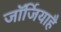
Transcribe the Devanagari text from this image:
जॉर्जियाहै